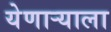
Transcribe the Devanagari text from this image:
येणार्‍याला